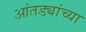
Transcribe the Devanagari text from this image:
आंतड्यांच्या